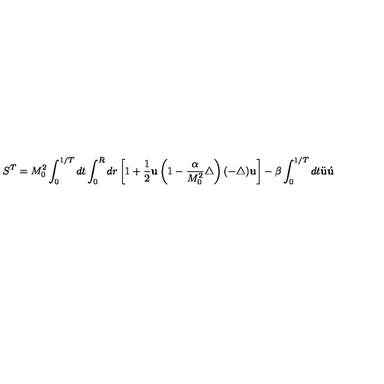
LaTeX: S ^ { T } = M _ { 0 } ^ { 2 } \int _ { 0 } ^ { 1 / T } d t \int _ { 0 } ^ { R } d r \left[ 1 + \frac { 1 } { 2 } { \bf u } \left( 1 - \frac { \alpha } { M _ { 0 } ^ { 2 } } \triangle \right) ( - \triangle ) { \bf u } \right] - \beta \int _ { 0 } ^ { 1 / T } d t \ddot { \bf u } \acute { \bf u }